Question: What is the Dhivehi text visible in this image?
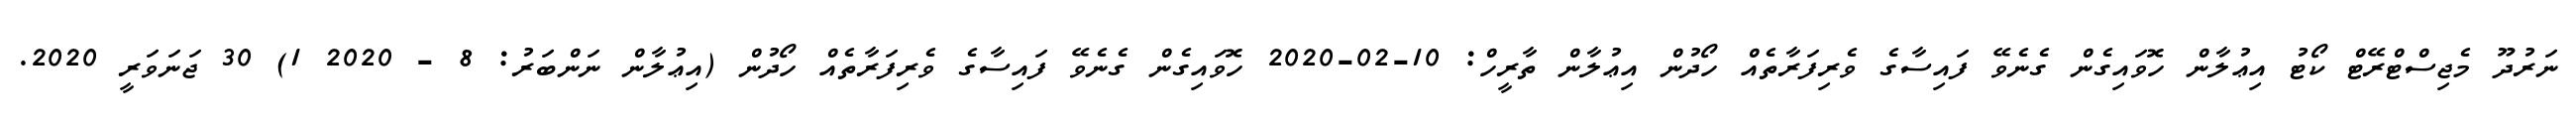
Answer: ނަރުދޫ މެޖިސްޓްރޭޓް ކޯޓު އިޢުލާން ހޮވައިގެން ގެނެވޭ ފައިސާގެ ވެރިފަރާތެއް ހޯދުން އިޢުލާން ތާރީހް: 10-02-2020 ހޮވައިގެން ގެނެވޭ ފައިސާގެ ވެރިފަރާތެއް ހޯދުން (އިޢުލާން ނަންބަރު: 8 - 2020 1) 30 ޖަނަވަރީ 2020.